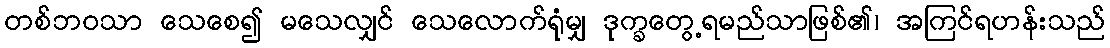
တစ်ဘဝသာ သေစေ၍ မသေလျှင် သေလောက်ရုံမျှ ဒုက္ခတွေ့ရမည်သာဖြစ်၏၊ အကြင်ရဟန်းသည်